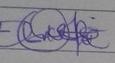
Signature authenticity: genuine